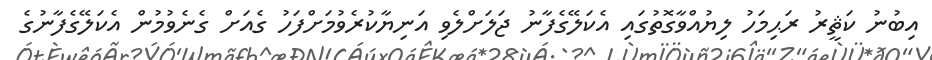
އިބުނު ކަޘީރު ރަޙިމަހު ލިޔުއްވާގޮތުގައި އެކަލޭގެފާނު ޖަލަށްލެވި އަނިޔާކުރެވުމަށްފަހު ގެއަށް ގެނެވުމުން އެކަލޭގެފާނުގެ